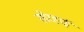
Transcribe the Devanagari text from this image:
सोरहाई